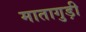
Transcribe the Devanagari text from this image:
मातागुड़ी